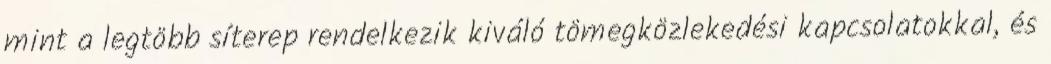
mint a legtöbb síterep rendelkezik kiváló tömegközlekedési kapcsolatokkal, és